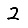
Digit: 2